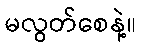
မလွတ်စေနဲ့။